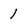
Character: 1